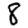
Digit: 8